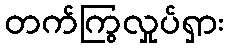
တက်ကြွလှုပ်ရှား